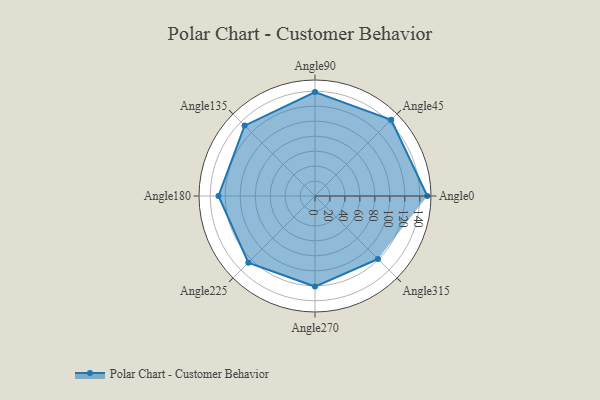
{"axis": {"x": "Angle", "y": "Radius"}, "legend": [""], "data": [{"x": "Angle0", "y": 150.0, "type": ""}, {"x": "Angle45", "y": 144.0, "type": ""}, {"x": "Angle90", "y": 139.0, "type": ""}, {"x": "Angle135", "y": 133.0, "type": ""}, {"x": "Angle180", "y": 129.0, "type": ""}, {"x": "Angle225", "y": 126.0, "type": ""}, {"x": "Angle270", "y": 121.0, "type": ""}, {"x": "Angle315", "y": 119.0, "type": ""}]}